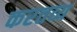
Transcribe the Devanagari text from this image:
करतव्य